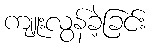
ကျူးလွန်ခဲ့ခြင်း